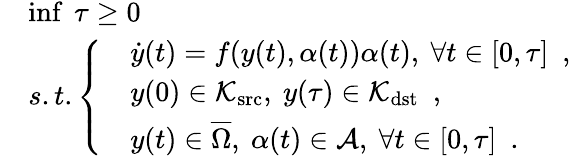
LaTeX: \begin{array}{rl}&{\operatorname*{inf}\ \tau\geq 0}\\ &{s.t.\left\{ \begin{array}{rl}&{\dot{y}(t)=f(y(t),\alpha(t))\alpha(t),\ \forall t\in[0,\tau]\enspace,}\\ &{y(0)\in\mathcal{K}_{\textrm{src}},\ y(\tau)\in\mathcal{K}_{\textrm{dst}}\enspace,}\\ &{y(t)\in\overline{{\Omega}},\ \alpha(t)\in{\mathcal A},\ \forall t\in[0,\tau]\enspace.}\end{array}\right.}\end{array}